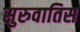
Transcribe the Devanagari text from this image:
सुरुवातिस